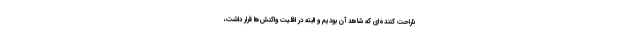
ناراحت کننده‌ای که شاهد آن بودیم و البته در اقلیت واکنش‌ها قرار داشت،